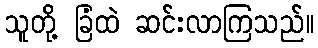
သူတို့ ခြံထဲ ဆင်းလာကြသည်။